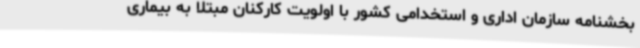
بخشنامه سازمان اداری و استخدامی کشور با اولویت کارکنان مبتلا به بیماری